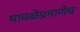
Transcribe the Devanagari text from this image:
मावळेंप्रमाणेच